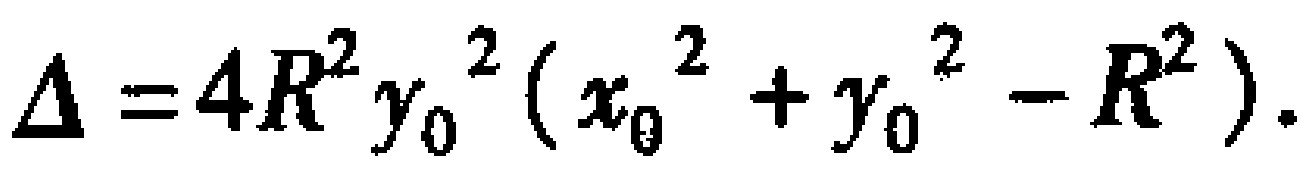
\(\Delta = 4R^{2}y_{0}^{2}(x_{0}^{2}+y_{0}^{2}-R^{2}).\)